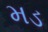
મડ